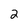
Character: 2